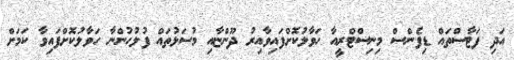
އަދި ފަޓާސްތައް ޑިފެންސް މިނިސްޓްރީއާ ހަވާލުކޮށްފައިވާއިރު ދޫންޏާއި މުސަޅުތައް ފުލުހުންނާ ހަވާލުކޮށްފައިވާ ކަމަށް